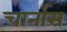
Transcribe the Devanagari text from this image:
चार्नास